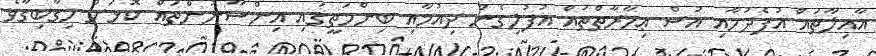
އާއިލާތައް އުފެދުމާއި އުސް ޢިމާރާތްތައް އުފުލިގެން ދިއުމާއި ބިންމަތީގައި އިންސާނުންތައް ކޮޅަށް ހިގާބިގާވެ